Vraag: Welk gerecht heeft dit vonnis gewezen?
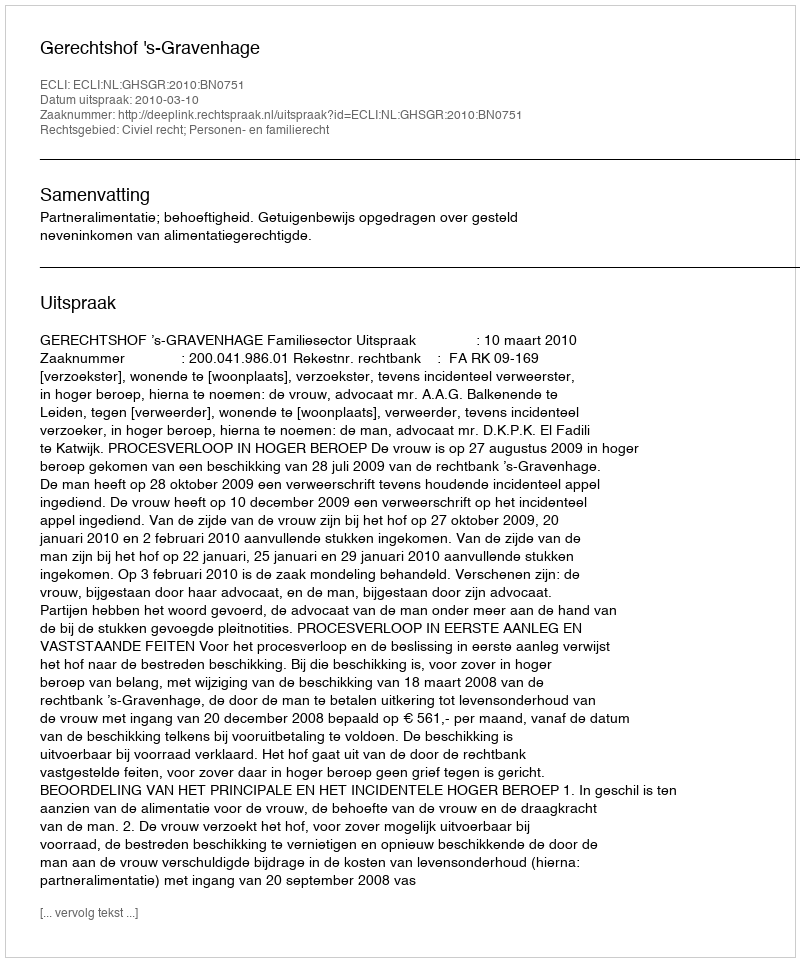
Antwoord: Gerechtshof 's-Gravenhage